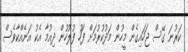
ކަރުނަ ގޭސް ޖަހައިގެން މީހުން މަދުކުރުމަށް ފަހު ފުލުހުން ދިއުމާ އެކު އަނެއްކާވެސް